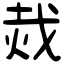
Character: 烖